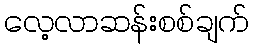
လေ့လာဆန်းစစ်ချက်